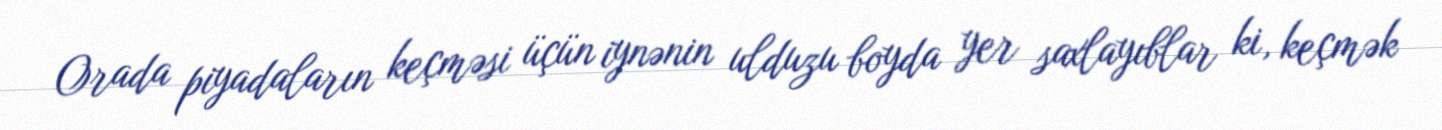
Orada piyadaların keçməsi üçün iynənin ulduzu boyda yer saxlayıblar ki, keçmək